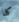
كلا